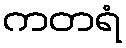
ကတရံ